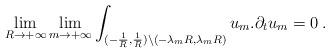
LaTeX: \begin{align*} \lim_{R\to +\infty} \lim_{m\to +\infty} \int_{(-\frac{1}{R},\frac{1}{R}) \setminus (-\lambda_m R,\lambda_m R)} u_m . \partial_t u_m = 0 \hskip.1cm. \end{align*}